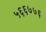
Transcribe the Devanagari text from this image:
५६६७७६